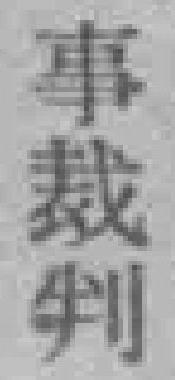
事裁判